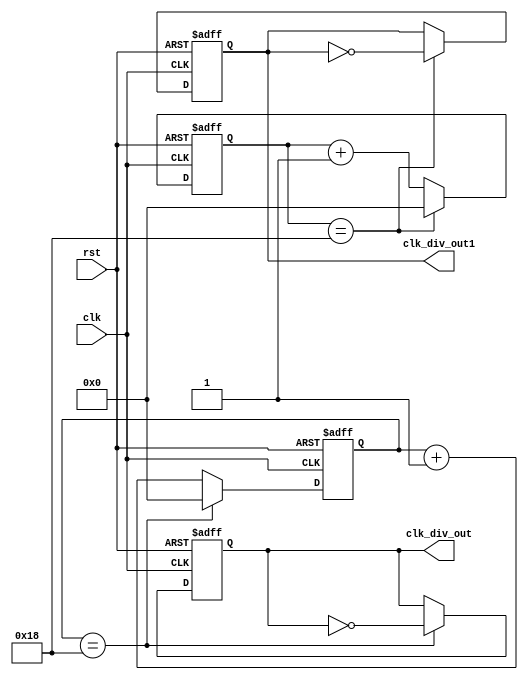
`define CNT_MAX 25
`define CNT_MAX1 25

module fre_div2_2(
	input clk,
	input rst,
	output reg clk_div_out,
	output reg clk_div_out1
);

reg [31:0] div_cnt;

always @ (posedge clk,posedge rst) begin
	if (rst) begin
	  	div_cnt <= 0;
		clk_div_out <= 0;
	end
	else if (div_cnt == `CNT_MAX-1) begin
		clk_div_out <= ~clk_div_out;
		div_cnt <= 0;
	end
	else
		div_cnt <= div_cnt + 1'b1;
end

reg [31:0] div_cnt1;
always @ (posedge clk,posedge rst) begin
	if (rst) begin
	  	div_cnt1 <= 0;
		clk_div_out1 <= 0;
	end
	else if (div_cnt1 == `CNT_MAX1-1) begin
		clk_div_out1 <= ~clk_div_out1;
		div_cnt1 <= 0;
	end
	else
		div_cnt1 <= div_cnt1 + 1'b1;
end


endmodule